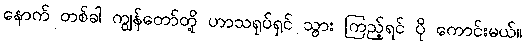
နောက် တစ်ခါ ကျွန်တော်တို့ ဟာသရုပ်ရှင် သွား ကြည့်ရင် ပို ကောင်းမယ်။